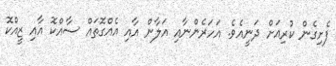
ފެށިގެން ކުރިއަށް ދަނީއެވެ. އަހަރެންނާއި އަލާން އާއި އެއްގޮތައް ސާއްކޮ އާއި ޒީއްކޮ